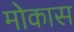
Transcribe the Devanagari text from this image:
मोकास